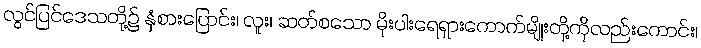
လွင်ပြင်ဒေသတို့၌ နှံစားပြောင်း၊ လူး၊ ဆတ်စသော မိုးပါးရေရှားကောက်မျိုးတို့ကိုလည်းကောင်း၊